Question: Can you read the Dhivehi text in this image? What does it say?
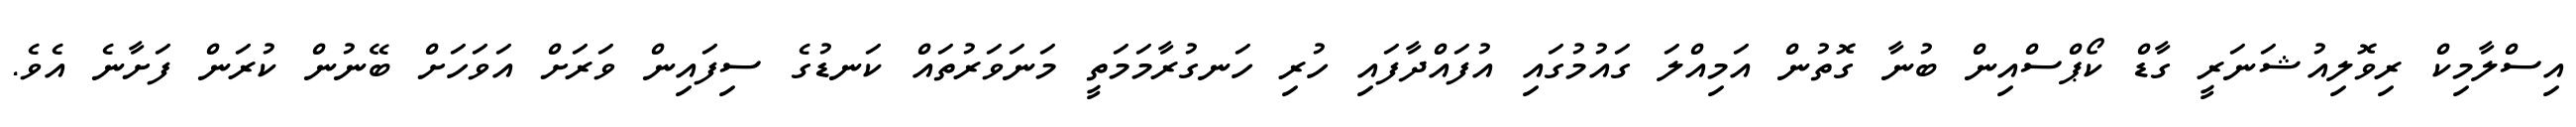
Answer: އިސްލާމިކް ރިވޮލިއުޝަނަރީ ގާޑް ކޯޕްސްއިން ބުނާ ގޮތުން އަމިއްލަ ގައުމުގައި އުފައްދާފައި ހުރި ހަނގުރާމަމަތީ މަނަވަރުތައް ކަނޑުގެ ސިފައިން ވަރަށް އަވަހަށް ބޭނުން ކުރަން ފަށާނެ އެވެ.